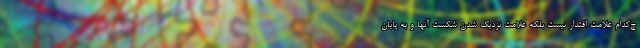
چ‌کدام علامت اقتدار نیست بلکه علامت نزدیک شدن شکست آنها و به پایان